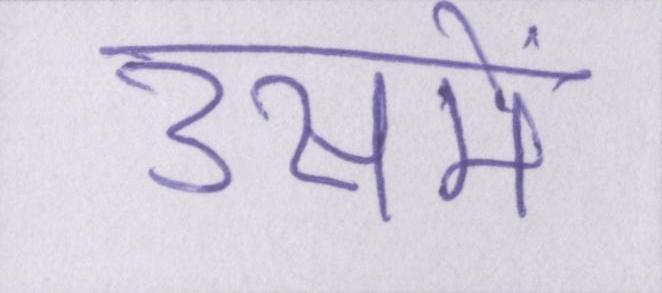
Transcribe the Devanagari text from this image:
उसमें